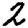
Digit: 2